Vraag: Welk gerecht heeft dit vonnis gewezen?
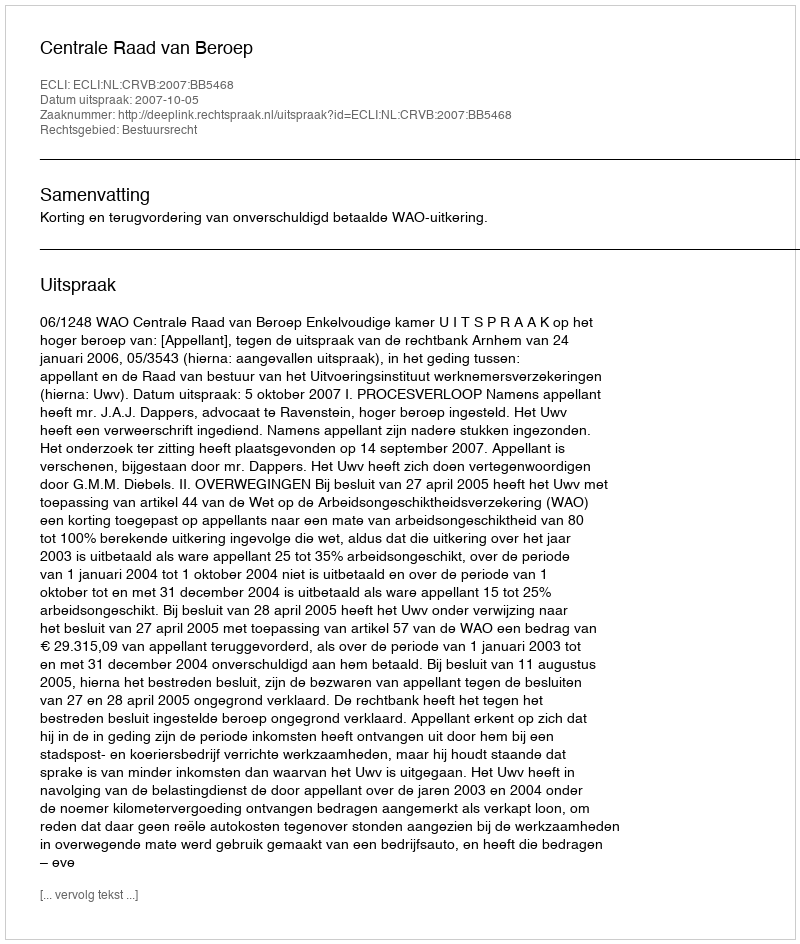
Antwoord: Centrale Raad van Beroep